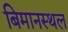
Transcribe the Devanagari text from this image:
बिमानस्थल